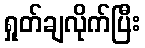
ရှုတ်ချလိုက်ပြီး